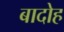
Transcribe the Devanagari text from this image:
बादोह